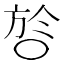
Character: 㫈